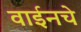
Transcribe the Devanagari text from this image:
वाईनचे